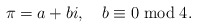
\begin{align*}\pi = a+bi,\ \ \ b\equiv 0\bmod 4.\end{align*}